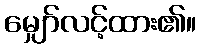
မျှော်လင့်ထား၏။